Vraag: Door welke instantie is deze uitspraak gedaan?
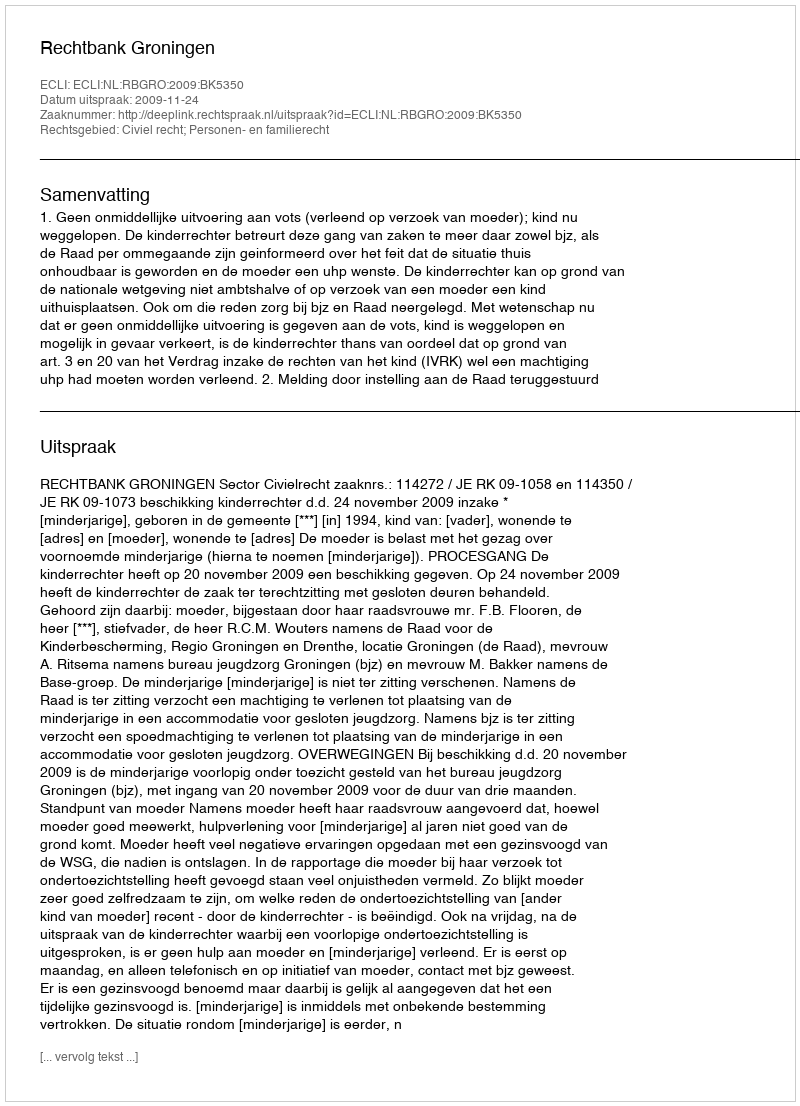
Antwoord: Rechtbank Groningen